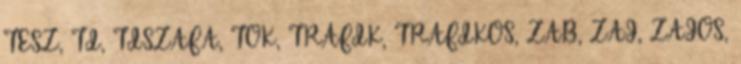
TESZ, TI, TISZAFA, TOK, TRAFIK, TRAFIKOS, ZAB, ZAJ, ZAJOS,